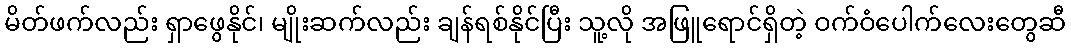
မိတ်ဖက်လည်း ရှာဖွေနိုင်၊ မျိုးဆက်လည်း ချန်ရစ်နိုင်ပြီး သူ့လို အဖြူရောင်ရှိတဲ့ ဝက်ဝံပေါက်လေးတွေဆီ